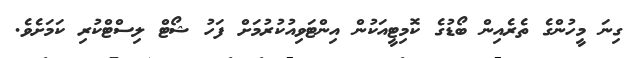
ގިނަ މީހުންގެ ތެރެއިން ބޯޑުގެ ކޮމިޓީއަކުން އިންޓަވިއުކުރުމަށް ފަހު ޝޯޓް ލިސްޓްކުރި ކަމަށެވެ.